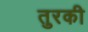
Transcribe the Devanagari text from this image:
तुरकी